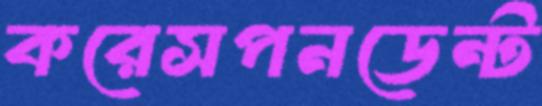
করেসপনডেন্ট